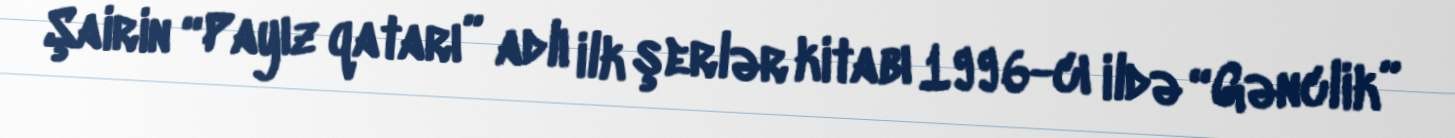
Şairin “Payız qatarı” adlı ilk şerlər kitabı 1996-cı ildə “Gənclik”